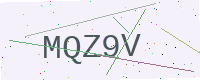
Text: MQZ9V